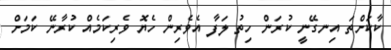
ކާކަށްތަ އިނގޭނީ ކުރަން ހިތު ލަފާ އެވެރިން ހެޔޮ ވެރިކަމެއް ކުރާނޭ ކަމަށް